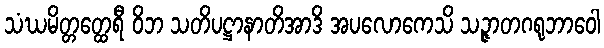
သံဃမိတ္တတ္ထေရီ ဝိဘ သတိပဋ္ဌာနာတိအာဒိ အပလောကေသိ သဉ္ဇာတဂရုဘာဝေါ